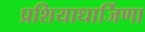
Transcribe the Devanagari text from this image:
प्रशियाधार्जिणा